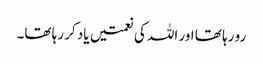
رو رہا تھا اور اللہ کی نعمتیں یاد کر رہا تھا۔